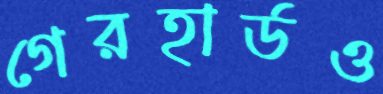
গেরহার্ডও